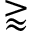
\gtrapprox